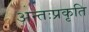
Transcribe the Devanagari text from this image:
अन्तःप्रकृति